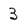
Character: 3